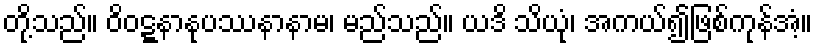
တို့သည်။ ဝိဝဋ္ဋနာနုပဿနာနာမ၊ မည်သည်။ ယဒိ သိယုံ၊ အကယ်၍ဖြစ်ကုန်အံ့။